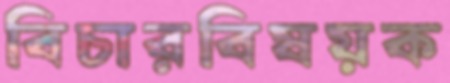
বিচারবিষয়ক